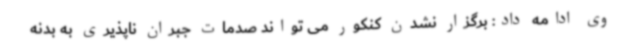
وی ادامه داد: برگزار نشدن کنکور می تواند صدمات جبران ناپذیری به بدنه